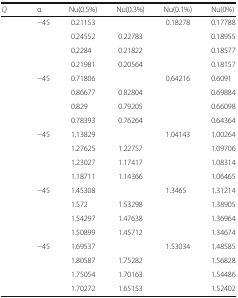
<table><thead><tr><td><b><i>Q</i></b></td><td><b>α</b></td><td><b>Nu(0.5%)</b></td><td><b>Nu(0.3%)</b></td><td><b>Nu(0.1%)</b></td><td><b>Nu(0%)</b></td></tr></thead><tbody><tr><td rowspan="4">[EMPTY_CELL]</td><td>−45</td><td>0.21153</td><td>[EMPTY_CELL]</td><td>0.18278</td><td>0.17788</td></tr><tr><td>[EMPTY_CELL]</td><td>0.24552</td><td>0.22783</td><td>[EMPTY_CELL]</td><td>0.18955</td></tr><tr><td>[EMPTY_CELL]</td><td>0.2284</td><td>0.21822</td><td>[EMPTY_CELL]</td><td>0.18577</td></tr><tr><td>[EMPTY_CELL]</td><td>0.21981</td><td>0.20564</td><td>[EMPTY_CELL]</td><td>0.18157</td></tr><tr><td rowspan="4">[EMPTY_CELL]</td><td>−45</td><td>0.71806</td><td>[EMPTY_CELL]</td><td>0.64216</td><td>0.6091</td></tr><tr><td>[EMPTY_CELL]</td><td>0.86677</td><td>0.82804</td><td>[EMPTY_CELL]</td><td>0.69884</td></tr><tr><td>[EMPTY_CELL]</td><td>0.829</td><td>0.79205</td><td>[EMPTY_CELL]</td><td>0.66098</td></tr><tr><td>[EMPTY_CELL]</td><td>0.78393</td><td>0.76264</td><td>[EMPTY_CELL]</td><td>0.64364</td></tr><tr><td rowspan="4">[EMPTY_CELL]</td><td>−45</td><td>1.13829</td><td>[EMPTY_CELL]</td><td>1.04143</td><td>1.00264</td></tr><tr><td>[EMPTY_CELL]</td><td>1.27625</td><td>1.22757</td><td>[EMPTY_CELL]</td><td>1.09706</td></tr><tr><td>[EMPTY_CELL]</td><td>1.23027</td><td>1.17417</td><td>[EMPTY_CELL]</td><td>1.08314</td></tr><tr><td>[EMPTY_CELL]</td><td>1.18711</td><td>1.14366</td><td>[EMPTY_CELL]</td><td>1.06465</td></tr><tr><td rowspan="4">[EMPTY_CELL]</td><td>−45</td><td>1.45308</td><td>[EMPTY_CELL]</td><td>1.3465</td><td>1.31214</td></tr><tr><td>[EMPTY_CELL]</td><td>1.572</td><td>1.53298</td><td>[EMPTY_CELL]</td><td>1.38905</td></tr><tr><td>[EMPTY_CELL]</td><td>1.54297</td><td>1.47638</td><td>[EMPTY_CELL]</td><td>1.36964</td></tr><tr><td>[EMPTY_CELL]</td><td>1.50899</td><td>1.45712</td><td>[EMPTY_CELL]</td><td>1.34674</td></tr><tr><td rowspan="4">[EMPTY_CELL]</td><td>−45</td><td>1.69537</td><td>[EMPTY_CELL]</td><td>1.53034</td><td>1.48585</td></tr><tr><td>[EMPTY_CELL]</td><td>1.80587</td><td>1.75282</td><td>[EMPTY_CELL]</td><td>1.56828</td></tr><tr><td>[EMPTY_CELL]</td><td>1.75054</td><td>1.70163</td><td>[EMPTY_CELL]</td><td>1.54486</td></tr><tr><td>[EMPTY_CELL]</td><td>1.70272</td><td>1.65153</td><td>[EMPTY_CELL]</td><td>1.52402</td></tr></tbody></table>